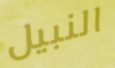
النبيل